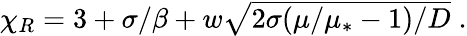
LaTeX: \begin{array}{r}{\chi_{R}=3+\sigma/\beta+w\sqrt{2\sigma(\mu/\mu_{*}-1)/D}\; .}\end{array}